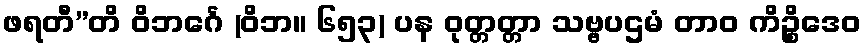
ဖရတီ”တိ ဝိဘင်္ဂေ (ဝိဘ။ ၆၅၃) ပန ဝုတ္တတ္တာ သဗ္ဗပဌမံ တာဝ ကိဉ္စိဒေဝ